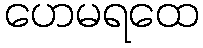
ဟေမရထေ